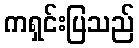
ကရှင်းပြသည်